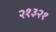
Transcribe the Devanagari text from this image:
२१३२१